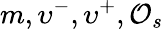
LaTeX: m,\upsilon^{-},\upsilon^{+},{\cal O}_{s}